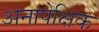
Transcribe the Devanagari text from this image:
अनापेक्षिक